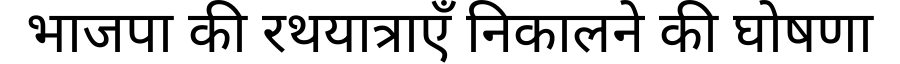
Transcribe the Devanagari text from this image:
भाजपा की रथयात्राएँ निकालने की घोषणा